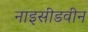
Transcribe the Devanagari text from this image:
नाइसीडवीन